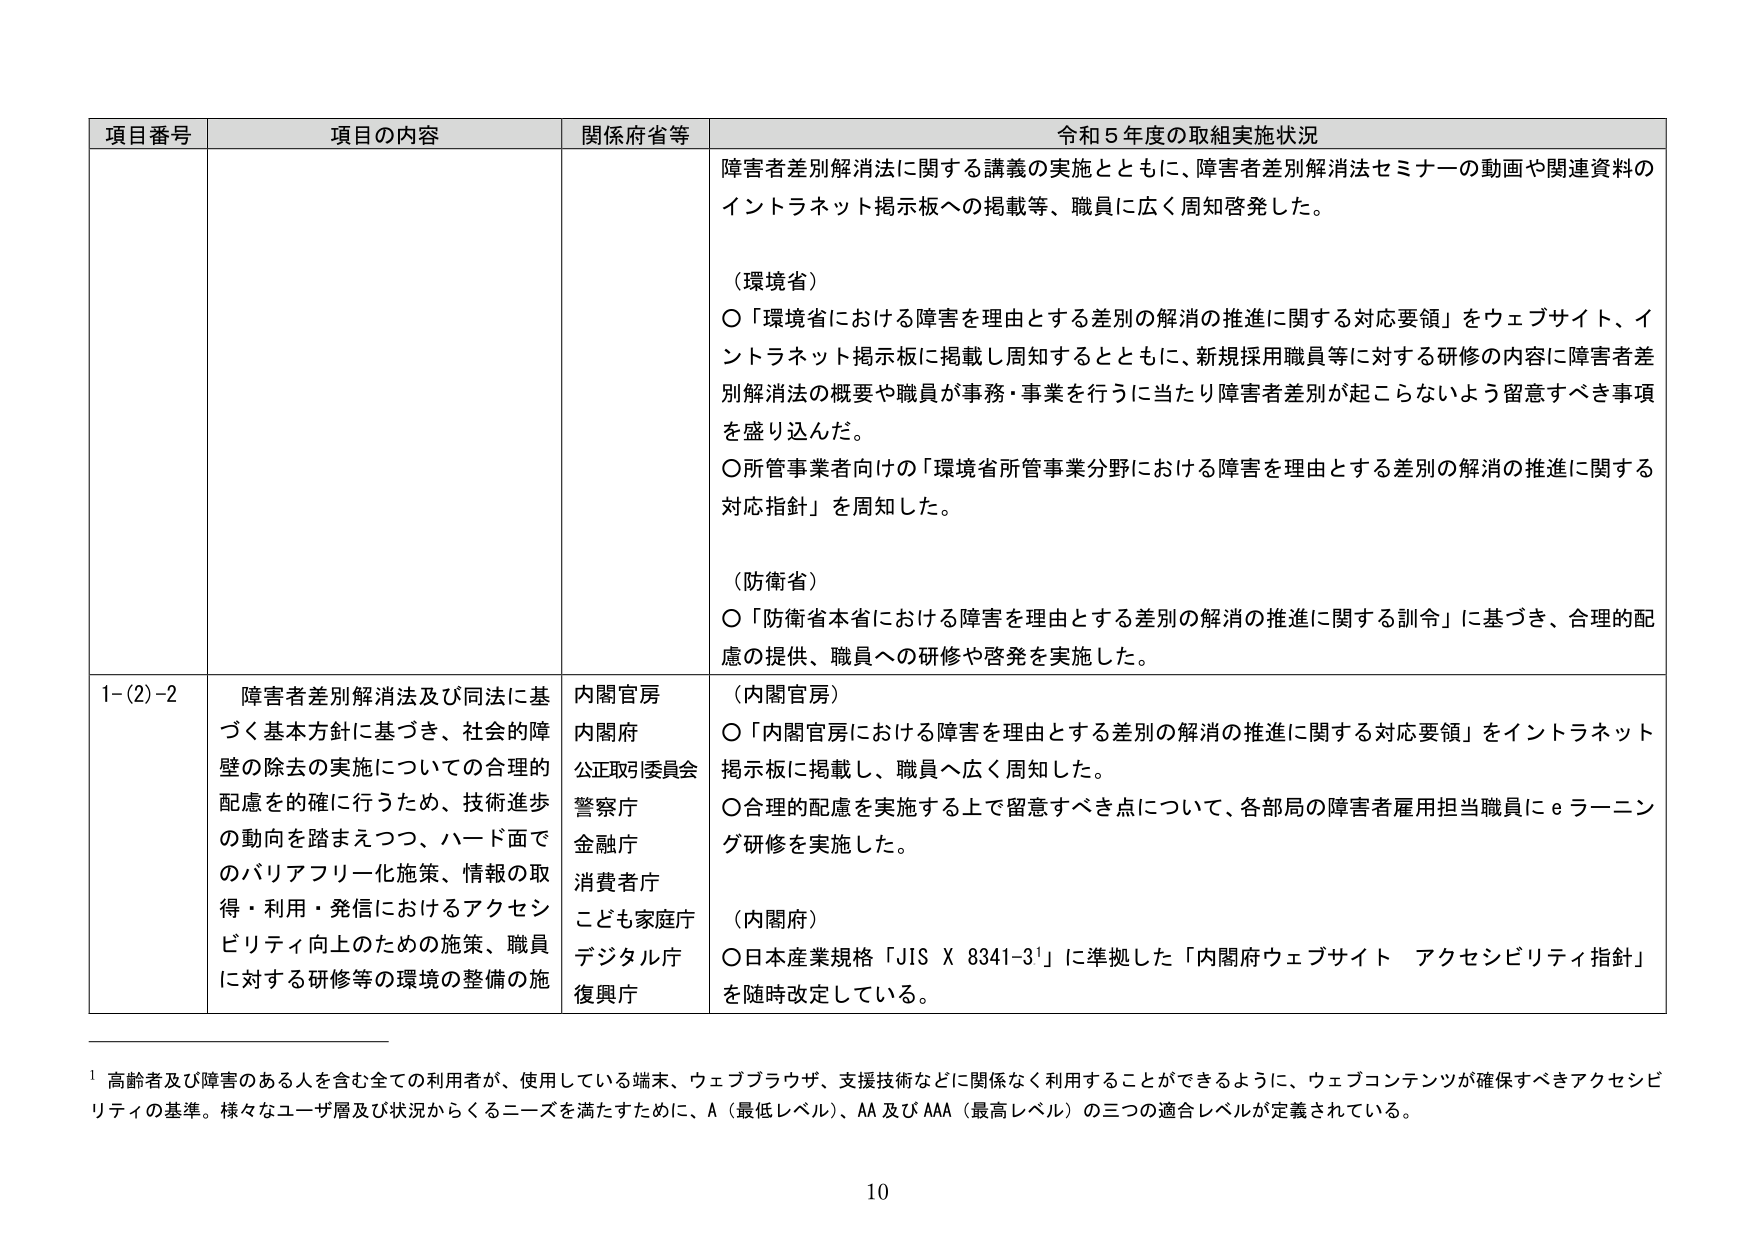
項目番号 項目の内容 関係府省等 令和５年度の取組実施状況
障害者差別解消法に関する講義の実施とともに、障害者差別解消法セミナーの動画や関連資料の
イントラネット掲示板への掲載等、職員に広く周知啓発した。
（環境省）
〇「環境省における障害を理由とする差別の解消の推進に関する対応要領」をウェブサイト、イ
ントラネット掲示板に掲載し周知するとともに、新規採用職員等に対する研修の内容に障害者差
別解消法の概要や職員が事務・事業を行うに当たり障害者差別が起こらないよう留意すべき事項
を盛り込んだ。
〇所管事業者向けの「環境省所管事業分野における障害を理由とする差別の解消の推進に関する
対応指針」を周知した。
（防衛省）
〇「防衛省本省における障害を理由とする差別の解消の推進に関する訓令」に基づき、合理的配
慮の提供、職員への研修や啓発を実施した。
1-(2)-2 障害者差別解消法及び同法に基
づく基本方針に基づき、社会的障
壁の除去の実施についての合理的
配慮を的確に行うため、技術進歩
の動向を踏まえつつ、ハード面で
のバリアフリー化施策、情報の取
得・利用・発信におけるアクセシ
ビリティ向上のための施策、職員
に対する研修等の環境の整備の施
内閣官房
内閣府
公正取引委員会
警察庁
金融庁
消費者庁
こども家庭庁
デジタル庁
復興庁
（内閣官房）
〇「内閣官房における障害を理由とする差別の解消の推進に関する対応要領」をイントラネット
掲示板に掲載し、職員へ広く周知した。
〇合理的配慮を実施する上で留意すべき点について、各部局の障害者雇用担当職員にｅラーニン
グ研修を実施した。
（内閣府）
〇日本産業規格「JIS X 8341-3¹」に準拠した「内閣府ウェブサイト アクセシビリティ指針」
を随時改定している。
¹ 高齢者及び障害のある人を含む全ての利用者が、使用している端末、ウェブブラウザ、支援技術などに関係なく利用することができるように、ウェブコンテンツが確保すべきアクセシビ
リティの基準。様々なユーザ層及び状況からくるニーズを満たすために、A（最低レベル）、AA 及び AAA（最高レベル）の三つの適合レベルが定義されている。
10